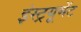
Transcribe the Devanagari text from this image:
इंस्ट्रयूमेंट